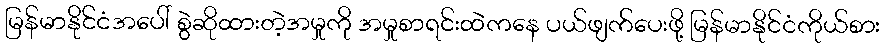
မြန်မာနိုင်ငံအပေါ် စွဲဆိုထားတဲ့အမှုကို အမှုစာရင်းထဲကနေ ပယ်ဖျက်ပေးဖို့ မြန်မာနိုင်ငံကိုယ်စား